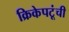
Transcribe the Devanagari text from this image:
क्रिकेपटूंची